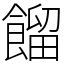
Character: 餾